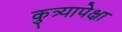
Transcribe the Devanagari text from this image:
कुत्र्यापेक्षा